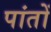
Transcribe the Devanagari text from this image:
पांतों